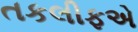
તકલીફએ